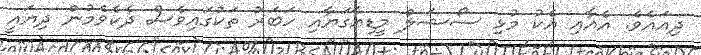
ދިއައެވެ. އެއާއި އެކު މުޅި ސޯޝަލް މީޑިއާގަޔާއި ހަބަރު ތަކުގައިވެސް ދެކެވެމުން ދިޔައީ